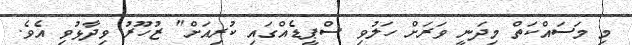
މި މަސައްކަތް މިދަނީ ވަރަށް ހަލުވި ސްޕީޑެއްގައި ކުރިއަށް" ޒުހޫރު ވިދާޅުވި އެވެ.